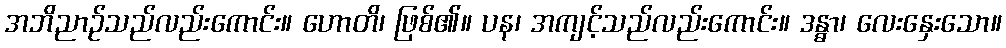
အဘိညာဉ်သည်လည်းကောင်း။ ဟောတိ၊ ဖြစ်၏။ ပန၊ အကျင့်သည်လည်းကောင်း။ ဒန္ဓာ၊ လေးနှေးသော။